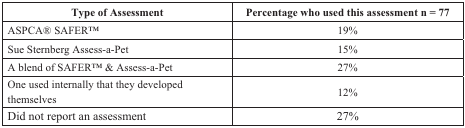
| Type of Assessment | Percentage who used this assessment n = 77 |
 | --- | --- |
 | ASPCA® SAFERTM | 19% |
 | Sue Sternberg Assess-a-Pet | 15% |
 | A blend of SAFERTM & Assess-a-Pet | 27% |
 | One used internally that they developed themselves | 12% |
 | Did not report an assessment | 27% |